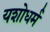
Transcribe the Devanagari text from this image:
यशोधर्म